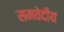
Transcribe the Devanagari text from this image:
समवेदीय